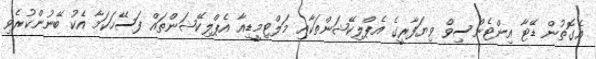
އެގޮތުން ޑޭޓާ އިންޓެންސިވް ވިޔަފާރީގެ އެޕްލިކޭޝަންތަކާއި މަލްޓިމީޑިއާ އެޕްލިކޭޝަންތައް ފަސޭހަކަމާ އެކު ބޭނުންކުރެވި